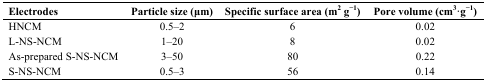
<table><thead><tr><td><b>Electrodes</b></td><td><b>Particle size (μm)</b></td><td><b>Specific surface area (m<sup>2</sup> g<sup>−1</sup>)</b></td><td><b>Pore volume (cm<sup>3</sup>·g<sup>−1</sup>)</b></td></tr></thead><tbody><tr><td>HNCM</td><td>0.5–2</td><td>6</td><td>0.02</td></tr><tr><td>L-NS-NCM</td><td>1–20</td><td>8</td><td>0.02</td></tr><tr><td>As-prepared S-NS-NCM</td><td>3–50</td><td>80</td><td>0.22</td></tr><tr><td>S-NS-NCM</td><td>0.5–3</td><td>56</td><td>0.14</td></tr></tbody></table>